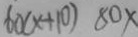
6 0 ( x + 1 0 ) 8 0 x